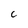
Character: C